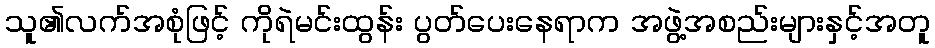
သူ၏လက်အစုံဖြင့် ကိုရဲမင်းထွန်း ပွတ်ပေးနေရာက အဖွဲ့အစည်းများနှင့်အတူ